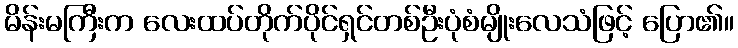
မိန်းမကြီးက လေးထပ်တိုက်ပိုင်ရှင်တစ်ဦးပုံစံမျိုးလေသံဖြင့် ပြော၏။